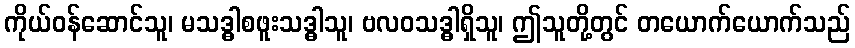
ကိုယ်ဝန်ဆောင်သူ၊ မသဒ္ဓါစဖူးသဒ္ဓါသူ၊ ဗလဝသဒ္ဓါရှိသူ၊ ဤသူတို့တွင် တယောက်ယောက်သည်